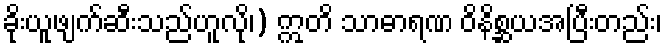
ခိုးယူဖျက်ဆီးသည်ဟူလို၊) ဣတိ သာဓာရဏ ဝိနိစ္ဆယအပြီးတည်း၊